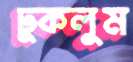
ঢুকলুম